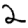
Digit: 2